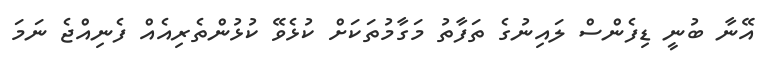
އޭނާ ބުނީ ޑިފެންސް ލައިނުގެ ތަފާތު މަގާމުތަކަށް ކުޅެވޭ ކުޅުންތެރިއެއް ފެނިއްޖެ ނަމަ